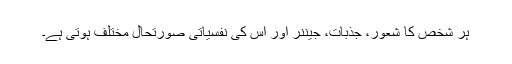
ہر شخص کا شعور، جذبات، جیننر اور اس کی نفسیاتی صورتحال مختلف ہوتی ہے۔